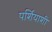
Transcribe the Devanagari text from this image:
पर्शियाशी